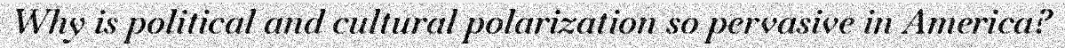
Why is political and cultural polarization so pervasive in America?